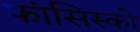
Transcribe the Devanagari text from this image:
फांसिस्को